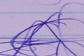
Signature authenticity: genuine